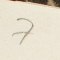
7